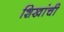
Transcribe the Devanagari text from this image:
शिखांची